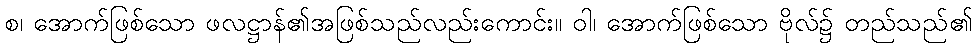
စ၊ အောက်ဖြစ်သော ဖလဋ္ဌာန်၏အဖြစ်သည်လည်းကောင်း။ ဝါ၊ အောက်ဖြစ်သော ဗိုလ်၌ တည်သည်၏